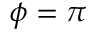
\phi = \pi